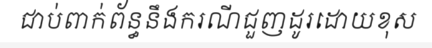
ជាប់ពាក់ព័ន្ធនឹងករណីជួញដូរដោយខុស